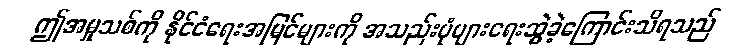
ဤအမှုသစ်ကို နိုင်ငံရေးအမြင်များကို အသည်းပုံများရေးဆွဲခဲ့ကြောင်းသိရသည်